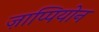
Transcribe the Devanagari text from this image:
ज़ाप्पियोन